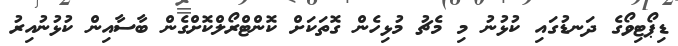
ޑިޕޯޓިވޯގެ ދަނޑުގައި ކުޅުނު މި މެޗު މުޅިހެން ގޮތަކަށް ކޮންޓްރޯލްކޮށްގެން ބާސާއިން ކުޅުނުއިރު